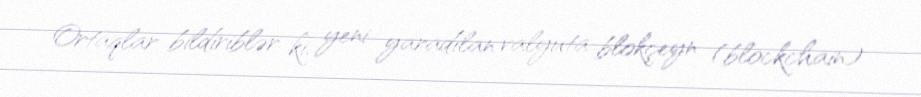
Ortaqlar bildiriblər ki, yeni yaradılan valyuta blokçeyn (blockchain)